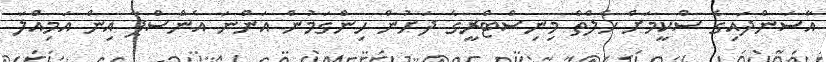
އާސަންދައިގެ ސްކީމަށް ހެލްތް މިނިސްޓްރީގެ ދަށުން ހިންގަމުން އަންނަ އެންސްޕާ އިން އަމިއްލަ